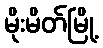
မိုးမိတ်မြို့